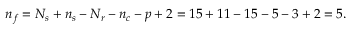
n _ { f } = N _ { s } + n _ { s } - N _ { r } - n _ { c } - p + 2 = 1 5 + 1 1 - 1 5 - 5 - 3 + 2 = 5 .